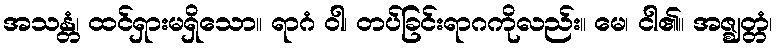
အသန္တံ၊ ထင်ရှားမရှိသော။ ရာဂံ ဝါ၊ တပ်ခြင်းရာဂကိုလည်း။ မေ၊ ငါ၏။ အဇ္ဈတ္တံ၊